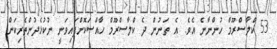
53 ކްލާސްރޫމް ހުންނާނެ އެވެ. އެ ތަނުން ދެ ކްލާސްރޫމް ހާއްސަކޮށްފައިވަނީ ނުކުޅެދުންތެރިކަން